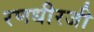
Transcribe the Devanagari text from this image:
रणधीरजी